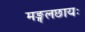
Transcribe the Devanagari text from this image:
मङ्गलछायः